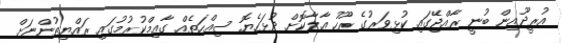
އުރީދޫއިން ބުނީ ރާއްޖޭގައި ކުޅިވަރުގެ ރޫހު އާލާކޮށް ދުޅަހެޔޮ ސިއްހަތެއް ގާއިމްކުރުމުގައި ރައްޔިތުންނަށް